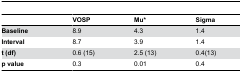
<table><thead><tr><td></td><td><b>VOSP</b></td><td><b>Mu*</b></td><td><b>Sigma</b></td></tr></thead><tbody><tr><td><b>Baseline</b></td><td>8.9</td><td>4.3</td><td>1.4</td></tr><tr><td><b>Interval</b></td><td>8.7</td><td>3.9</td><td>1.4</td></tr><tr><td><b>t (df)</b></td><td>0.6 (15)</td><td>2.5 (13)</td><td>0.4(13)</td></tr><tr><td><b>p value</b></td><td>0.3</td><td>0.01</td><td>0.4</td></tr></tbody></table>